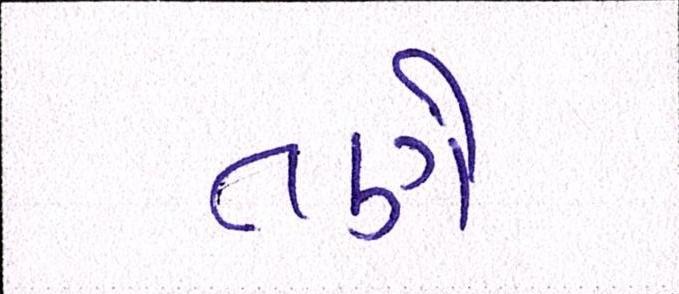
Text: તણે